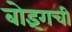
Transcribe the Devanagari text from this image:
बोइंगची